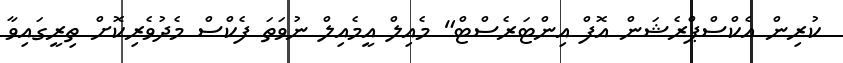
ކުރިން އެކްސްޕްރެޝަން އޮފް އިންޓަރެސްޓް" މެއިލް އީމެއިލް ނުވަތަ ފެކްސް މެދުވެރިކޮށް ތިރީގައިވާ